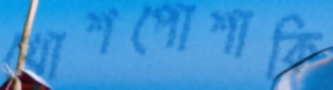
খোশপোশাকি